Calcutta medical institutions reports 1879-81 [i.e.91]
Year: 1879
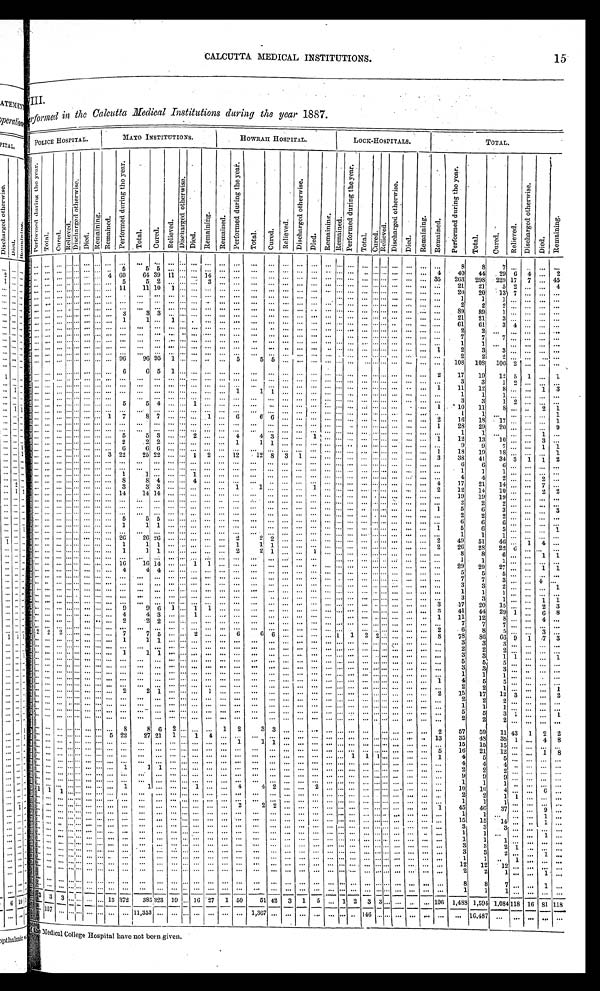
CALCUTTA MEDICAL INSTITUTIONS.
Performed in the Calcutta Medical Institutions during the year 1887.
POLICE HOSPITAL.
MAYO INSTITUTIONS.
HOWRAH HOSPITAL.
LOCK-HOSPITALS.
TOTAL.
P e r f o r m e d d u r i n g t h e y e a r .
Total.
C u r e d .
R e l i e v e d .
D i s c h a r g e d o t h e r w i s e .
D i e d .
R e m a i n i n g . R e m a i n e d .
P e r f o r m e d d u r i n g t h e y e a r .
T o t a l .
C u r e d .
R e l i e v e d .
D i s c h a r g e d o t h e r w i s e .
D i e d .
R e m a i n i n g .
R e m a i n e d .
P e r f o r m e d d u r i n g t h e y e a r .
T o t a l .
C u r e d .
R e l i e v e d .
D i s c h a r g e d o t h e r w i s e .
Di ed.
R e m a i n i n g . Re ma i n e d .
P e r f o r m e d d u r i n g t h e y e a r .
T o t a l . C u r e d .
R e l i e v e d .
D i s c h a r g e d o t h e r w i s e .
D i e d .
R e m a i n i n g .
R e m a i n e d .
P e r f o r m e d d u r i n g t h e y e a r .
T o t a l .
C u r e d .
R e l i e v e d .
D i s c h a r g e d o t h e r w i s e .
D i e d .
R e m a i n i n g .
. . .
. . .
. . . . . . . . .
. . . . . .
. . .
. . .
. . .
. . .
. . . . . .. . .
. . . . . .
. . .
. . .
. . . . . .
. . .
. . .
. . .
. . .
. . .
. . .
. . . . . .
. . .
. . .
. . .
. . .
8
8
7
. . .
. . .
. . .
. . .
. . .
. . .
. . . . . . . . .
. . . . . .
. . .
5
5
5
. . . . . .. . .
. . .
. . .
. . .
. . .
. . .. . .
. . .
. . .
. . . . . .
. . .
. . . . . . . . .
. . .
. . .
. . .
4
4 0
44
2 9 6
4
. . .
2
. . .
. . .
. . . . . . . . . . . .
. . . 4
6 0
64 39 11
. . . . . .
1 4
. . .
. . .
. . .
. . . . . .
. . . . . .
. . . . . .
. . .
. . . . . . . . .
. . .
. . .
. . . 3 5
263
2 9 8
229
1 7
7
. . .
4 5
. . .
. . .
. . . . . . . . .
. . . . . .
. . . 5
5
2
. . . . . .. . .
3
. . .
. . .
. . .
. . .. . .
. . .
. . .
. . . . . . . . .
. . . . . . . . . . . . . . .
. . .
. . .
21
2 1
5
2
. . . . . .
4
. . . . . .
. . . . . . . . . . . . . . . . . .
1 1
1 1
1 0
1 . . .. . .
. . .
. . .
. . .
. . .
. . .. . .
. . .
. . .
. . . . . .
. . . . . . . . . . . . . . . . . .
. . .
. . .
20
20
1 3
7
. . .
. . .
. . .
. . . . . .
. . . . . . . . .
. . . . . .
. . .
. . .
. . .
. . .
. . . . . .. . .
. . . . . .
. . .
. . .
. . . . . .
. . . . . .
. . . . . .
. . . . . . . . . . . .
. . . . . .
. . .
. . .
1
1
1
. . . . . .
. . .
. . .
. . .
. . .
. . . . . . . . .
. . . . . .
. . .
. . .
. . .
. . .
. . . . . .. . .
. . . . . .
. . . . . .
. . . . . .
. . . . . .
. . . . . .
. . . . . . . . . . . . . . . . . .
. . .
. . .
2
2
2
. . .
. . .
. . .
. . .
. . .
. . .
. . . . . . . . .
. . . . . . . . . . . .
. . .
. . .
. . . . . . . . .
. . .
. . .
. . .
. . .
. . . . . .
. . . . . .
. . . . . .
. . .
. . . . . . . . .
. . .
. . .
. . .
. . .
8 9
8 9
1
. . .
. . .
. . .
. . .
. . .
. . .
. . . . . . . . .
. . . . . .
. . . 3
3
3
. . . . . .. . .
. . .
. . .
. . .
. . .
. . .. . .
. . .
. . .
. . . . . .
. . . . . . . . . . . . . . .
. . .
. . . . . .
2 1
2 1
3
. . .
. . .
. . .
. . .
. . . . . . . . . . . . . . . . . . . . . . . .
1
1
. . .
1
. . . . . .
. . .
. . .
. . .
. . .
. . . . . .
. . .
. . .
. . . . . .
. . . . . . . . . . . . . . .
. . .
. . .
. . .
6 1
6 1
3
4
. . .
. . .
. . .
. . . . . .
. . . . . . . . .
. . .
. . .
. . .
. . .
. . .
. . .
. . .
. . . . . .
. . .
. . .
. . .
. . .
. . . . . .
. . .
. . .
. . .
. . .
. . .
. . . . . . . . . . . . . . .
. . .
. . .
2
2
. . .
. . . . . .
. . .
. . .
. . .
. . . . . . . . . . . . . . . . . . . . . . . .
. . .
. . .
. . . . . . . . .
. . .
. . .
. . .
. . .
. . . . . .
. . .
. . .
. . . . . .
. . .
. . . . . . . . . . . . . . .
. . .
. . .
7
7
7
. . .
. . . . . .
. . .
. . . . . . . . . . . . . . .
. . . . . .
. . . . . .
. . .
. . .
. . . . . .
. . .
. . .
. . .
. . .
. . .
. . . . . .
. . . . . .
. . . . . .
. . .
. . . . . . . . . . . . . . .
. . .
. . .
1
1
. . .
. . .
. . .
. . .
. . .
. . . . . .
. . .
. . . . . . . . . . . . . . . . . .
. . .
. . .
. . .
. . . . . .
. . . . . .
. . .
. . .
. . . . . .
. . . . . .
. . . . . .
. . .
. . . . . . . . .
. . .
. . .
. . . 1
2
3
3
. . .
. . .
. . .
. . .
. . . . . .
. . . . . . . . . . . . . . . . . . . . .
. . .
. . .
. . .
. . . . . .
. . .
. . .
. . . . . .
. . . . . .
. . . . . .
. . . . . .
. . .
. . . . . . . . .
. . .
. . .
. . .
. . .
2
2
2
. . .
. . .
. . .
. . .
. . . . . . . . . . . . . . . . . . . . . . . .
9 6
9 6 95
1
. . . . . .
. . .
. . . 5
5 5 . . .
. . .
. . . . . . . . .
. . .
. . . . . . . . . . . . . . .
. . .
. . .
108
108
1 0 6 2
. . .
. . .
. . .
. . .
. . . . . . . . . . . . . . . . . .
. . . 6
6
5
1 . . .. . .
. . .
. . .
. . .
. . .
. . .. . .
. . . . . .
. . . . . .
. . .
. . . . . . . . .
. . .
. . .
. . .
2
17
19
12 5
1
. . .
1
. . . . . .
. . . . . . . . . . . . . . .
. . . . . .
. . .
. . .
. . . . . .. . .
. . .
. . .
. . .
. . .
. . . . . .
. . . . . .
. . . . . .
. . .
. . . . . . . . .
. . . . . .
. . .
. . .
3
3
1 2
. . . . . . .
. . .
. . . . . .
. . . . . . . . .
. . . . . .
. . . . . .
. . .
. . .
. . . . . . . . .
. . .
. . .
. . .
. . .
. . . . . .
. . . . . .
. . . . . .
. . .
. . . . . . . . .
. . .
. . .
. . . 1
11
12
8
. . .
. . . 1 3
. . . . . .
. . . . . . . . . . . . . . . . . .
. . .
. . .
. . .
. . . . . . . . .
. . .
. . .
1
1
1 . . .
. . . . . .
. . . . . . . . .
. . . . . . . . .
. . .
. . .
. . . . . .
1
1
1 . . .
. . . . . .
. . .
. . . . . .
. . . . . . . . . . . . . . . . . .
. . . . . .
. . .
. . . . . . . . .
. . .
. . .
. . .
. . .
. . . . . .
. . . . . .
. . . . . . . . .
. . . . . . . . .
. . .
. . .
. . .
. . .
3
3
1 2
. . . . . .
. . .
. . .
. . . . . . . . . . . . . . . . . . . . .
5
5 4
. . . . . .1
. . .
. . .
. . .
. . .
. . .. . .
. . .. . .
. . . . . . . . .
. . . . . . . . . . . .
. . .
. . .
1
1 0
11
8 . . .
. . . 2
1
. . .
. . . . . . . . . . . .
. . . . . .
. . . . . .
. . . . . .
. . . . . . . . .
. . .
. . .
. . .
. . .
. . . . . .
. . . . . .
. . .
. . .
. . .
. . .
. . . . . .
. . .
. . .
. . .
. . .
1
1
. . . . . .
. . . . . .
1
. . .
. . .
. . . . . . . . . . . . . . .
1
7
8 7
. . . . . .
. . .
1
. . . 6
6
6 . . .
. . .. . .
. . . . . .
. . .
. . . . . . . . . . . .
. . .
. . .
2
16
18
17
. . .
. . . . . .
1
. . . . . .
. . . . . . . . . . . . . . .
. . .
. . .
. . . . . .
. . . . . . . . .
. . .
. . .
. . .
. . .
. . . . . .
. . . . . .
. . . . . .
. . .
. . . . . . . . .
. . .
. . .
. . .
1
28
29
20
. . .
. . . . . .
9
. . . . . .
. . . . . . . . . . . . . . . . . .
. . .
. . .
. . .
. . . . . . . . .
. . .
. . .
. . .
. . .
. . . . . .
. . . . . .
. . . . . .
. . .
. . . . . . . . .
. . .
. . . . . .
. . .
1
1
. . . . . .
. . . 1
. . .
. . .
. . . . . . . . . . . . . . . . . .
. . . 5
5
3
. . . . . .2
. . .
. . .
4
4
3 . . .
. . . 1 . . .
. . .
. . .
. . . . . . . . .
. . .
. . .
. . . 1
1 2
1 3
1 0
. . .
. . . 3
. . .
. . . . . .
. . . . . . . . . . . . . . . . . .
2
2
2
. . . . . .. . .
. . .
. . .
1
1
1 . . .
. . .. . .
. . . . . .
. . .
. . . . . . . . .
. . .
. . .
. . .
. . .
9
9
7 . . .
. . .
1
1
. . . . . .
. . . . . . . . . . . . . . . . . .
6
6
6
. . . . . .. . .
. . .
. . .
. . .
. . .
. . .. . .
. . .. . .
. . . . . .
. . .
. . . . . . . . .
. . .
. . .
. . .
1
1 8
19
1 8
. . .
. . . . . .
1
. . . . . .
. . . . . . . . . . . . . . .
3 22
25 22
. . . . . . 1
2
. . . 12
12 8 3
1 . . .
. . . . . .
. . .
. . . . . . . . .
. . .
. . .
. . . 3
3 8
41
34
3
1 1
2
. . . . . .
. . . . . . . . . . . . . . . . . .
. . .
. . .
. . .
. . . . . . . . .
. . .
. . .
. . .
. . .
. . . . . .
. . . . . .
. . . . . .
. . .
. . . . . . . . .
. . .
. . .
. . .
. . .
6
6
6 . . .
. . . . . .
. . .
. . .
. . . . . . . . . . . .
. . . . . .
. . . . . .
. . .
. . .
. . . . . . . . .
. . .
. . . . . .
. . .
. . . . . .
. . . . . .
. . . . . .
. . .
. . . . . . . . .
. . .
. . .
. . .
. . .
1
1
1 . . .
. . . . . .
. . .
. . .
. . . . . . . . . . . . . . . . . . . . . 1
1
. . .
. . . . . .1
. . .
. . .
. . .
. . .
. . . . . .
. . . . . .
. . . . . .
. . .
. . . . . . . . .
. . .
. . .
. . .
. . .
4
4
2 . . .
. . . 2
. . .
. . . . . .
. . . . . . . . . . . . . . . . . .
8
8
4
. . . . . . 4
. . .
. . . . . .
. . .
. . . . . .
. . . . . .
. . . . . .
. . .
. . . . . .
. . .
. . .
. . .
. . .
4
17
21
14
. . .
. . . 7
. . .
. . . . . .
. . . . . . . . . . . . . . . . . .
3
3
3
. . . . . .. . .
. . .
. . .
1
1
. . .. . .
. . .1
. . . . . .
. . .
. . . . . . . . .
. . . . . .
. . . 2
12
14
10
. . .
. . . 2
2
. . . . . .
. . . . . . . . . . . . . . . . . .
1 4
1 4
1 4
. . . . . .. . .
. . .
. . .
. . .
. . .
. . .. . .
. . .. . .
. . . . . .
. . .
. . . . . .
. . .
. . .
. . .
. . .
. . .
19
19
19
. . .
. . .
. . .
. . .
. . . . . . . . . . . . . . .
. . .. . .
. . .
. . .
. . .
. . .
. . . . . . . . .
. . .
. . .
. . .
. . .
. . . . . .
. . . . . .
. . . . . .
. . .
. . . . . . . . .
. . . . . .
. . .
. . .
2
2
2 . . ..
. . .
. . . . . .
. . . . . .
. . . . . . . . . . . . . . . . . .
. . .
. . .
. . .
. . . . . . . . .
. . . . . .
. . .
. . .
. . . . . .
. . . . . .
. . . . . . . . .
. . .
. . . . . . . . .
. . .
. . .
1
5
6
3 . . .
. . .
. . .3
. . . . . .
. . . . . . . . . . . . . . . . . .
. . .
. . .
. . .
. . . . . . . . .
. . .
. . .
. . .
. . .
. . . . . .
. . . . . .
. . . . . .
. . . . . . . . . . . . . . .
. . .
. . .
. . .
2
2
2 . . .
. . .
. . .. . .
. . . . . . . . . . . . . . .
. . .. . .
. . . 5
5 5
. . . . . .
. . .
. . .
. . . . . .
. . .
. . . . . .
. . . . . .
. . . . . .
. . . . . . . . . . . .
. . .
. . .
. . .
. . .
6
6
6 . . .
. . .
. . . . . .
. . . . . . . . . . . . . . .
. . .. . .
. . .
1
1
1
. . . . . .. . .
. . .
. . .
. . .
. . .
. . .. . .
. . .
. . .
. . . . . . . . .
. . .
. . . . . . . . .
. . .
. . .
1
5
6
5 . . .
. . .
. . . 1
. . . . . . . . . . . . . . . . . . . . .
. . . . . .
. . .
. . .
. . . . . . . . .
. . .
. . .
. . .
. . .
. . . . . .
. . . . . .
. . . . . . . . .
. . . . . . . . . . . .
. . . . . .
. . .
1
1
1
. . .
. . .
. . .. . .
. . . . . . . . . . . . . . . . . . . . .
. . .
2 6
2 6
2 6
. . . . . .. . .
. . .
. . .
2
2
2 . . .
. . .
. . .
. . . . . .
. . .
. . . . . . . . .
. . .
. . .
. . .
2
49
51
46
. . .
1
4 . . .
. . . . . . . . . . . . . . . . . . . . . . . .
1
1 1
. . . . . . . . .
. . .
. . . 1
1
1 . . .
. . .
. . .
. . . . . .
. . .
. . . . . . . . .
. . .
. . .
. . .
2
2 6
2 8
2 2 6
. . .
. . . . . .
. . . . . . . . . . . . . . .
. . .. . .
. . .
1
1
1
. . . . . .. . .
. . .
. . .
2
2
1 . . .
. . . 1
. . . . . .
. . . . . . . . . . . . . . .
. . .
. . .
. . .
8
8
6 . . .
. . . 1 1
. . . . . . . . . . . . . . .
. . .. . .
. . .
. . .
. . .
. . .
. . . . . .. . .
. . .
. . . . . .
. . .
. . . . . .
. . .
. . .
. . . . . .
. . . . . . . . . . . .
. . .
. . .
. . .
. . .
1
1
1 . . .
. . .
. . .. . .
. . . . . . . . . . . . . . . . . . . . . . . .
1 6
1 6 1 4
. . . . . . 1
1
. . .
. . .
. . .
. . . . . .
. . .
. . .
. . . . . .
. . .
. . . . . . . . . . . .
. . .
. . .
. . .
2 9
2 9
2 7 . . .
. . .
1 1
. . . . . . . . . . . . . . .
. . .. . .
. . .
4
4
4
. . . . . .. . .
. . .
. . .
. . .
. . .
. . .. . .
. . .
. . .
. . . . . .
. . . . . . . . . . . .
. . .
. . .
. . .
. . .
5
5
5
. . .
. . . . . . . . .
. . . . . . . . . . . . . . . . . . . . . . . .
. . .
. . .
. . .
. . . . . . . . .
. . .
. . .
. . .
. . .
. . . . . .
. . .
. . .
. . . . . .
. . .
. . . . . . . . .
. . . . . .
. . .
. . .
7
7
3 . . .
. . .
4 . . .
. . . . . . . . . . . . . . . . . . . . .
. . .
. . .
. . .
. . .
. . .
. . .. . .
. . .
. . .
. . .
. . .
. . .. . .
. . .
. . .
. . . . . .
. . .
. . . . . . . . .
. . .
. . .
. . .
. . .
3
3
2 . . .
. . .
. . . 1
. . . . . . . . . . . . . . . . . . . . .
. . .
. . .
. . .
. . .
. . . . . .. . .
. . .
. . .
. . .
. . .
. . .. . .
. . .
. . .
. . . . . .
. . .
. . . . . . . . .
. . .
. . . . . .
. . .
1
1
1 . . .
. . .
. . .. . .
. . . . . . . . . . . . . . .
. . .. . .
. . .
. . .
. . .
. . .
. . . . . .. . .
. . .
. . .
. . .
. . .
. . .. . .
. . .
. . .
. . . . . .
. . .
. . . . . . . . .
. . .
. . .
. . .
. . .
3
3
1 . . .
. . . 1 1
. . . . . . . . . . . . . . . . . . . . .
. . .
. . .
. . .
. . .
. . . . . . . . .
. . .
. . .
. . .
. . . . . .. . .
. . . . . .
. . . . . .
. . .
. . . . . . . . .
. . .
. . .
. . .
3
1 7
2 0
1 5 . . .
. . .
2 3
. . . . . . . . . . . . . . . . . . . . .
. . .
9
9
6
1 . . . 1
1
. . .
. . .
. . .
. . .. . .
. . .
. . .
. . . . . .
. . .
. . . . . . . . .
. . .
. . .
. . .
3
4 1
4 4
2 9 1
. . .
6 8
. . . . . . . . . . . . . . . . . . . . .
. . .
4
4
3
. . . . . .1
. . .
. . .
. . .
. . .
. . .. . .
. . .
. . .
. . . . . .
. . .
. . . . . . . . .
. . .
. . .
. . .
1
1 1
1 2
8 . . .
. . .
4 . . .
. . . . . . . . . . . . . . .
. . .. . .
. . .
2
2
2
. . . . . .. . .
. . .
. . .
. . .
. . . . . . . . .
. . .
. . .
. . . . . .
. . . . . .
. . . . . .
. . .
. . .
. . .
. . .
7
7
7 . . .
. . .
. . .. . .
. . . . . . . . . . . . . . .
. . .. . .
. . .
. . .
. . .
. . .
. . . . . .. . .
. . .
. . .
. . .
. . .
. . .. . .
. . .
. . .
. . . . . . . . .
. . . . . . . . .
. . .
. . .
. . .
2
6
8
5 . . .
. . .
3 . . .
2
2
2 . . . . . .
. . .. . .
. . .
7
7
5
. . . . . .2
. . .
. . .
6
6
6 . . .
. . .
. . .
. . . 1
1
2 2 . . .
. . .
. . .
. . .
8
7 8
8 6
6 6 9
1
7 3
. . . . . . . . . . . . . . .
. . .. . .
. . .
1
1
1
. . . . . .. . .
. . .
. . .
. . .
. . .
. . .. . .
. . .
. . .
. . . . . .
. . .
. . . . . . . . .
. . .
. . .
. . .
. . .
3
3
3 . . .
. . .
. . . . . .
. . . . . .
. . . . . . . . .
. . . . . .
. . .
. . .. . .
. . .
. . . . . .
. . .
. . .
. . .
. . .
. . .
. . .
. . .
. . .
. . .
. . . . . .
. . .
. . . . . . . . .
. . . . . .
. . .
. . .
2
2
2
. . .
. . .
. . .
. . .
. . . . . .
. . . . . . . . .
. . . . . .
. . . 1 1
1
. . . . . .
. . .
. . .
. . .
. . .
. . .
. . .
. . .
. . .
. . .
. . . . . .
. . .
. . . . . . . . .
. . .
. . .
. . .
. . .
3
3
1 1
. . .
. . .
1
. . . . . . . . . . . . . . . . . . . . .
. . .
. . .
. . .
. . .
. . . . . . . . .
. . .
. . .
. . . . . .
. . .
. . .
. . .
. . .
. . . . . . . . .
. . . . . . . . . . . .
. . .
. . .
. . .
5
5
5
. . . . . .
. . .
. . .
. . . . . .
. . . . . . . . .
. . . . . .
. . .
. . . . . .
. . .
. . . . . .
. . .
. . .
. . .
. . .
. . .
. . .
. . .
. . .
. . .
. . . . . .
. . .
. . .
. . .
. . .
. . .
. . .
. . .
. . .
3
3
3 . . .
. . .
. . .
. . .
. . . . . . . . . . . . . . . . . . . . . . . .
. . .
. . .
. . .
. . . . . . . . .
. . .
. . .
. . .
. . .
. . .
. . .
. . .
. . .
. . .
. . .
. . .
. . . . . . . . . . . .
. . . . . .
. . .
1
1
1
. . . . . .
. . .
. . .
. . . . . .
. . .
. . .
. . .
. . .
. . .
. . .
. . .
. . .
. . .
. . .
. . .
. . .
. . .
. . .
. . .
. . .
. . .
. . .
. . .
. . .
. . .
. . .
. . .
. . .
. . .
. . .
. . .
. . .
. . .
1
4
5
5
. . . . . .
. . .
. . .
. . . . . .
. . . . . . . . .
. . . . . .
. . .
. . . . . .
. . .
. . . . . .
. . .
. . .
. . .
. . .
. . .
. . .
. . .
. . .
. . .
. . . . . .
. . .
. . . . . . . . . . . .
. . .
. . .
. . .
2
2
1
. . . . . .
. . .
1
. . . . . .
. . . . . . . . .
. . . . . .
. . .
2 2
1
. . . . . .
. . .
1
. . .
. . .
. . .
. . . . . .
. . .
. . .
. . . . . . . . .
. . . . . . . . . . . .
. . .
. . .
2
1 5
1 7
1 2 3
. . .
. . .
2
. . . . . .
. . . . . . . . . . . . . . . . . .
. . .
. . .
. . .
. . . . . . . . .
. . .
. . .
. . .
. . .
. . .
. . .
. . .
. . .
. . . . . . . . .
. . . . . . . . . . . .
. . .
. . .
. . .
2
2
2
. . . . . .
. . .
. . .
. . . . . .
. . . . . . . . . . . . . . . . . .
. . .
. . .
. . .
. . . . . .
. . . . . .
. . .
. . .
. . .
. . .
. . .
. . .
. . .
. . . . . . . . .
. . . . . . . . . . . .
. . . . . .
. . .
1
1
1
. . . . . .
. . .
. . .
. . . . . . . . . . . . . . . . . . . . . . . .
. . .
. . .
. . .
. . . . . . . . .
. . .
. . .
. . .
. . .
. . .
. . .
. . .
. . .
. . . . . . . . .
. . . . . . . . . . . .
. . .
. . .
. . .
5
5
3
1
. . .
. . .
1
. . . . . . . . . . . . . . . . . . . . . . . .
. . .
. . .
. . .
. . .
. . . . . .
. . .
. . .
. . .
. . .
. . .
. . . . . .
. . .
. . . . . . . . .
. . . . . . . . . . . .
. . .
. . .
. . .
2
2
2
. . . . . .
. . .
. . .
. . . . . .
. . . . . . . . .
. . . . . .
. . .
8
8
6
2 . . . . . .
. . .
1
2
3
3
. . .
. . .
. . .
. . . . . .
. . .
. . . . . . . . . . . .
. . .
. . .
2
5 7
5 9
1 1
4 3 1
2
2
. . . . . .
. . . . . . . . .
. . . . . .
5
2 2
2 7 2 1
1 . . .
1
4
. . .
. . .
. . .
. . .
. . .
. . .
. . .
. . . . . .
. . .
. . . . . . . . . . . .
. . .
. . .
1 3
3 5
4 8
3 5
1
. . .
4
8
. . . . . . . . . . . . . . .
. . . . . . . . .
. . .
. . .
. . .
. . . . . .
. . .
. . .
. . .
1
1
1
. . .
. . .
. . .
. . . . . .
. . .
. . . . . . . . . . . .
. . .
. . .
. . .
1 5
1 5
15
. . . . . .
. . .
. . .
. . .
. . . . . . . . . . . . . . . . . . . . .
. . .
. . .
. . .
. . .
. . .
. . .
. . .
. . .
. . .
. . .
. . .
. . .
. . .
. . .
. . .
. . .
. . .
. . .
. . .
. . .
. . .
. . .
. . .
5
1 6
2 1
1 2 . . .
. . .
1
8
. . .
. . .
. . . . . . . . . . . . . . .
. . .
. . .
. . .
. . .
. . . . . .
. . .
. . .
. . .
. . .
. . .
. . .
. . .
. . .
. . .
. . . . . .
1
1 1 . . . . . .
. . .
. . .
1
4
5
5
. . .
. . .
. . .
. . .
. . .
. . .
. . . . . . . . .
. . . . . .
. . .
. . . . . .
. . .
. . . . . .
. . .
. . .
. . .
. . .
. . .
. . .
. . .
. . .
. . .
. . . . . .
. . .
. . . . . . . . . . . .
. . .
. . .
. . .
4
4
4
. . . . . .
. . .
. . .
. . .
. . .
. . . . . . . . .
. . . . . .
. . .
1 1
1
. . . . . .
. . .
. . .
. . .
. . .
. . .
. . .
. . .
. . .
. . .
. . . . . .
. . .
. . . . . . . . . . . .
. . . . . .
. . .
2
2
2
. . . . . .
. . .
. . .
. . .
. . .
. . . . . . . . .
. . . . . . . . .
. . .
. . .
. . .
. . . . . .
. . .
. . .
. . .
. . .
. . .
. . .
. . .
. . .
. . .
. . . . . . . . .
. . . . . . . . . . . .
. . .
. . .
. . .
9
9
9
. . . . . .
. . .
. . .
. . .
. . .
. . . . . . . . .
. . . . . .
. . .
. . .. . .
. . .
. . . . . .
. . .
. . .
. . .
. . .
. . .
. . .
. . .
. . .
. . .
. . . . . .
. . .
. . . . . . . . .
. . .
. . .
. . .
. . .
1
1
1
. . .
. . .
. . .
. . .
. . .
. . . . . . . . . . . .
. . . . . .
. . .
1 1
. . .
. . . . . .
1
. . .
. . .
4
4
2
. . .
. . .
2
. . . . . .
. . . . . . . . . . . .
. . .
. . .
. . . . . .
1 0
1 0
4
. . .
. . .
6
. . .
1 1
1 . . . . . .
. . . . . .. . .
. . .
. . . . . .
. . . . . . . . .
. . . . . .
. . .
. . .
. . .
. . .
. . . . . . . . .
. . . . . .
. . . . . . . . .
. . . . . .
. . .
. . .
2
2
1
1
. . .
. . .
. . .
. . . . . .
. . . . . . . . .
. . . . . .. . .
. . . . . .
. . .
. . . . . . . . .
. . . . . .
. . .
. . .
. . .
. . . . . . . . . . . .
. . .
. . . . . . . . . . . .
. . . . . .
. . .
. . .
1
1
1
. . . . . .
. . .
. . .
. . . . . . . . . . . . . . .
. . . . . .. . .
. . .
. . .
. . .
. . . . . . . . .
. . . . . .
2
2 2
. . .
. . .. . . . . .
. . .
. . .
. . . . . . . . .
. . .
. . .
. . .
1
4 5
4 6
3 7
. . .
. . . 9
. . .
. . . . . .
. . . . . . . . .
. . . . . .. . .
. . .
. . .
. . .
. . . . . .. . .
. . .. . .
. . .
. . .
. . .
. . .
. . .. . . . . .
. . .
. . .
. . . . . . . . .
. . .
. . .
. . .
. . .
1
1 . . .
. . .
. . .
1
. . .
. . . . . .
. . . . . . . . . . . . . . . . . .
. . .
. . .
. . .
. . . . . . . . .
. . . . . .
. . .
. . .
. . .
. . .
. . . . . . . . .
. . . . . .
. . . . . . . . . . . .
. . .
. . .
. . .
1 5
1 5
1 4 . . .
. . .
1
. . .
. . .
. . .
. . . . . . . . .
. . . . . . . . .
. . .
. . .
. . .
. . . . . . . . .
. . . . . .
. . .
. . .
. . .
. . .
. . . . . . . . .
. . . . . .
. . . . . . . . . . . .
. . .
. . .
. . .
3
3
3
. . .
. . .
. . .
. . .
. . . . . .
. . . . . . . . . . . . . . .. . .
. . .
. . .
. . .
. . . . . .. . .
. . .. . .
. . . . . .
. . .
. . .
. . .. . . . . .
. . .
. . .
. . . . . . . . .
. . .
. . .
. . .
. . .
1
1
. . .
. . .
. . .
1
. . .
. . . . . .
. . . . . . . . .
. . . . . .. . .
. . .
. . .
. . .
. . . . . .. . .
. . .. . .
. . . . . .
. . .
. . .
. . .. . . . . .
. . .
. . .
. . . . . . . . .
. . .
. . .
. . .
. . .
1
1
1
. . .
. . .
. . .
. . .
. . .
. . .
. . . . . . . . . . . . . . .. . .
. . .
. . .
. . .
. . . . . . . . .
. . . . . .
. . .
. . .
. . .
. . . . . . . . . . . . . . . . . .
. . . . . . . . . . . .
. . . . . .
. . .
3
3
2
1
. . .
. . .
. . .
. . . . . .
. . . . . . . . . . . . . . .. . .
. . .
. . .
. . . . . . . . . . . .
. . . . . .
. . .
. . .
. . .
. . .
. . . . . . . . . . . . . . .
. . . . . . . . . . . .
. . .
. . .
. . .
3
3
2
. . . . . .
1
. . .
. . .
. . .
. . . . . . . . . . . . . . . . . .
. . .
. . .
. . .
. . .
. . .
. . .
. . .
. . . . . .
. . . . . .
. . . . . . . . . . . . . . . . . .
. . . . . . . . . . . .
. . .
. . .
. . .
1
1
. . .
1
. . .
. . .
. . .
. . . . . . . . . . . . . . . . . . . . . . . .
. . .
. . .
. . .
. . . . . .. . .
. . .. . .
. . .
. . .
. . .
. . .
. . . . . . . . . . . .
. . .
. . . . . . . . . . . .
. . .
. . .
. . .
1 2
12
12
. . . . . .
. . .
. . .
. . .
. . .
. . . . . . . . . . . . . . . . . .
. . .
. . .
. . .
. . . . . . . . .
. . . . . .
. . .
. . .
. . .
. . .
. . . . . . . . . . . .
. . .
. . . . . . . . . . . .
. . . . . .
. . .
2
2
1
. . . . . .
1
. . .
. . . . . . . . . . . . . . .
. . . . . .. . .
. . .
. . .
. . .
. . . . . .. . .
. . .. . .
. . . . . .
. . .
. . .
. . .. . . . . .
. . .
. . .
. . . . . . . . .
. . .
. . .
. . .
. . .
8
8
7
. . .
. . .
1
. . .
. . . . . . . . . . . . . . . . . . . . . . . .
. . .
. . .
. . .
. . . . . . . . .
. . . . . .
. . .
. . .
. . .
. . .
. . . . . . . . . . . . . . .
. . . . . . . . . . . . . . .
. . .
. . .
1
1
1
. . .
. . .
. . .
. . .
3
3
3
. . .
. . . . . . . . . 13
3 7 2
3 8 5
3 2 3
1 9 . . . 16
2 7 1 50
51 42
3
1
5
. . . 1
2 3 3 . . .
. . . . . .
. . . 106 1,488 1,594 1,084
1 1 8
1 6
8 1
1 1 8
. . . 1 5 7
. . . . . .. . .
. . . . . .. . .
. . .
1 1 , 3 5 3
. . .
. . . . . .. . .
. . .
. . .
. . .
. . .1,367 . . .
. . .
. . .. . . . . .
. . .
. . .146. . . . . .
. . .. . .
. . .
. . .
. . .
1 6 , 4 8 7
. . .
. . .
. . .
. . . . . .
<illegible> Medical College Hospital have not been given.
15